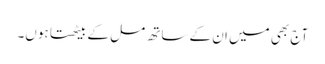
آج بھی میں ان کے ساتھ مل کے بیٹھتا ہوں۔